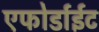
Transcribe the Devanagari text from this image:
एफोर्डाईट